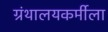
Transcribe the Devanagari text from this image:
ग्रंथालयकर्मीला